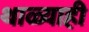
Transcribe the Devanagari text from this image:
थाळ्याही